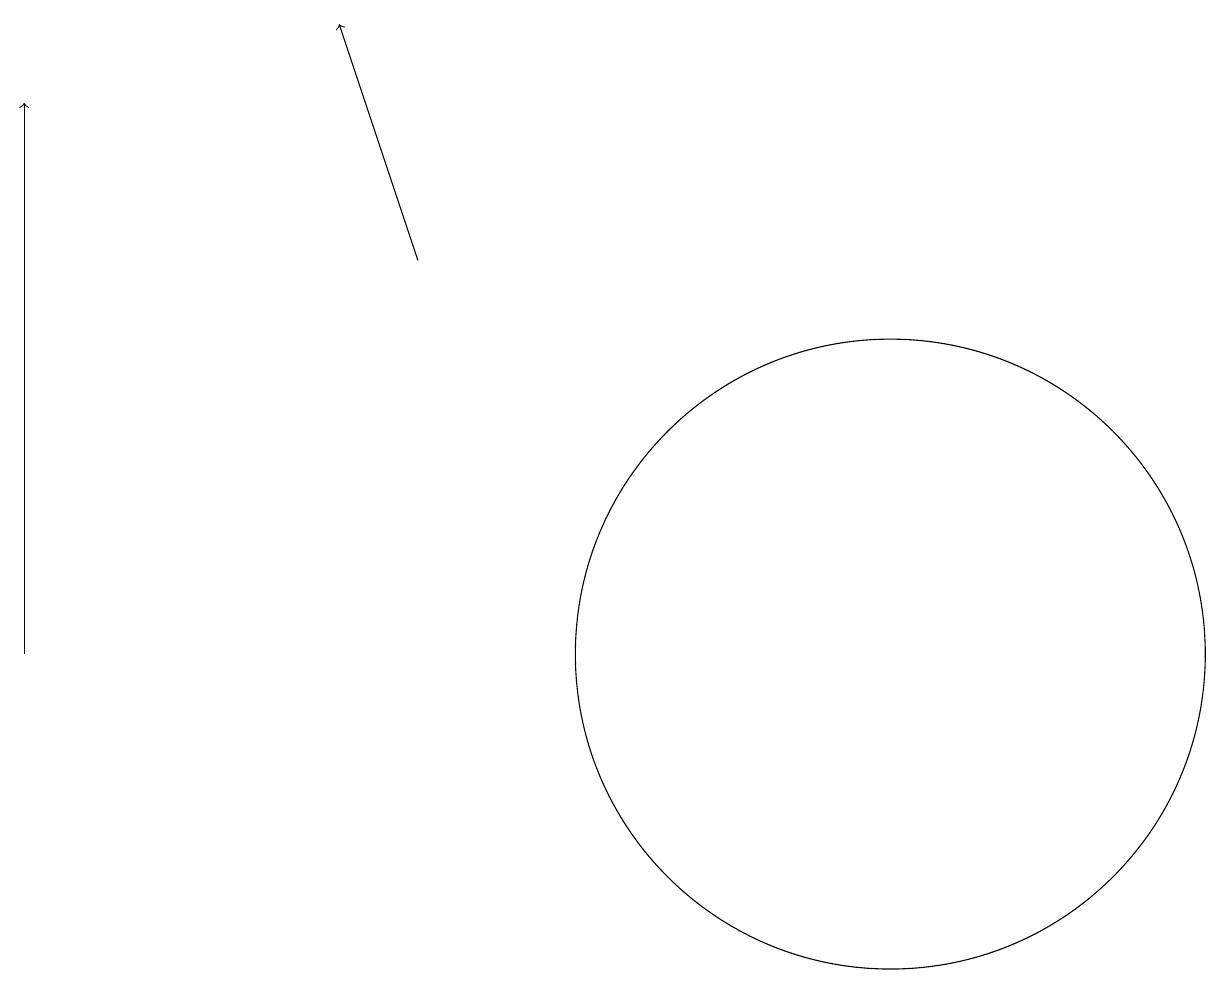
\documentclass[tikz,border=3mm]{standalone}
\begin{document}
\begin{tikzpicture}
\draw (11,11) circle (4);
\draw[->] (5,16) -- (4,19);
\draw[->] (0,11) -- (0,18);
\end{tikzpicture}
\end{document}